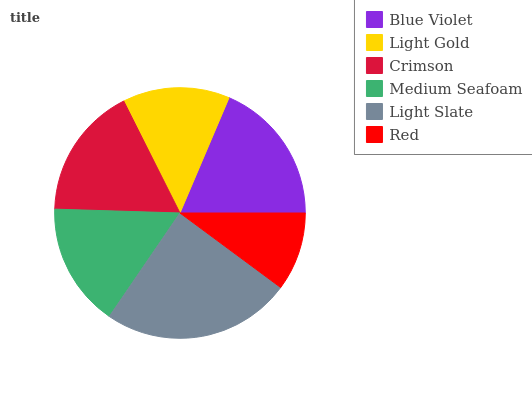
| Blue Violet | Light Gold | Crimson | Medium Seafoam | Light Slate | Red |
 | --- | --- | --- | --- | --- | --- |
 | 18.6% | 13.8% | 17.1% | 15.9% | 24.4% | 10.2% |